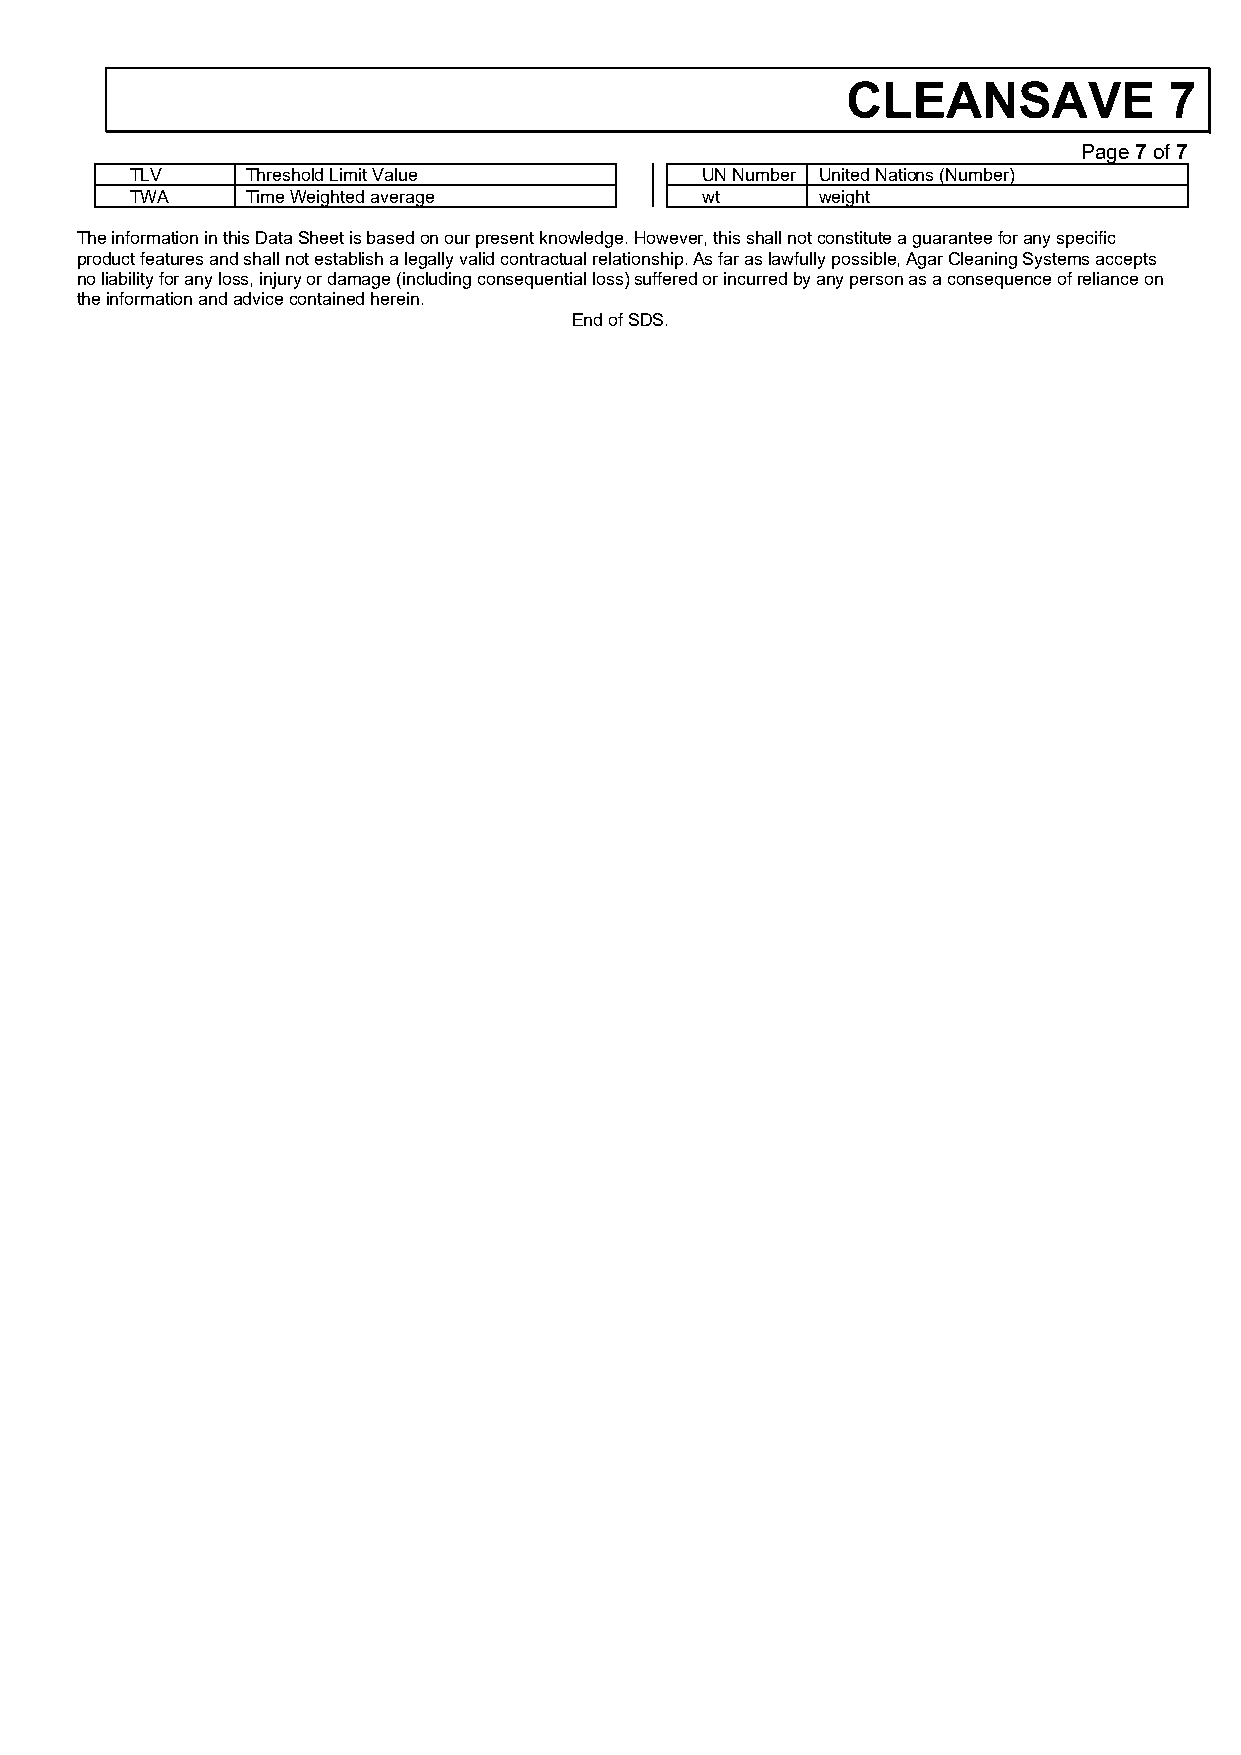
CLEANSAVE            7
 Page 7 of 7
 TLV    Threshold Limit Value         UN Number United Nations (Number)
 TWA    Time Weighted average         wt      weight
 The information in this Data Sheet is based on our present knowledge. However, this shall not constitute a guarantee for any specific
 product features and shall not establish a legally valid contractual relationship. As far as lawfully possible, Agar Cleaning Systems accepts
 no liability for any loss, injury or damage (including consequential loss) suffered or incurred by any person as a consequence of reliance on
 the information and advice contained herein.
 End of SDS.